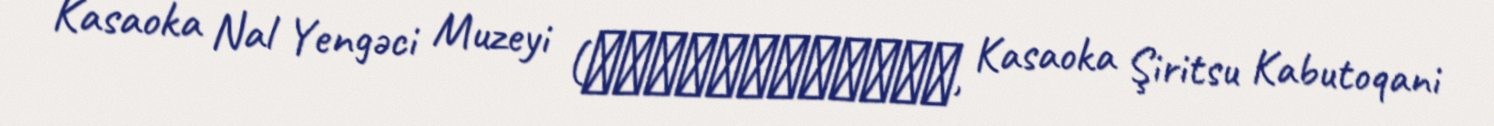
Kasaoka Nal Yengəci Muzeyi (笠岡市立カブトガニ博物館, Kasaoka Şiritsu Kabutoqani